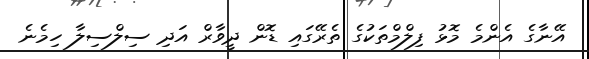
އޭނާގެ އެންމެ މޮޅު ފިލްމްތަކުގެ ތެރޭގައި ޑޮން ދީވާރް އަދި ސިލްސިލާ ހިމެނެ